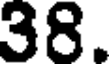
38.